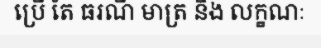
ប្រើ តែ ធរណី មាត្រ និង លក្ខណៈ